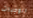
الوجبات